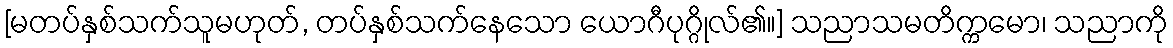
[မတပ်နှစ်သက်သူမဟုတ်, တပ်နှစ်သက်နေသော ယောဂီပုဂ္ဂိုလ်၏။] သညာသမတိက္ကမော၊ သညာကို